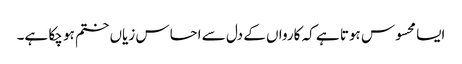
ایسا محسوس ہوتا ہے کہ کارواں کے دل سے احساس زیاں ختم ہو چکا ہے۔